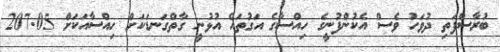
ބުރާސްފަތި ދުވަހު ވެސް އެކުންފުނީގެ ހިއްސާގެ އަގުތައް އުޅުނީ ގާތްގަނޑަކަށް ހިއްސާއަކަށް 207.05